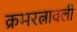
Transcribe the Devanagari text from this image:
क्रमरत्नावली